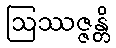
ဩဿဇ္ဇန္တိ